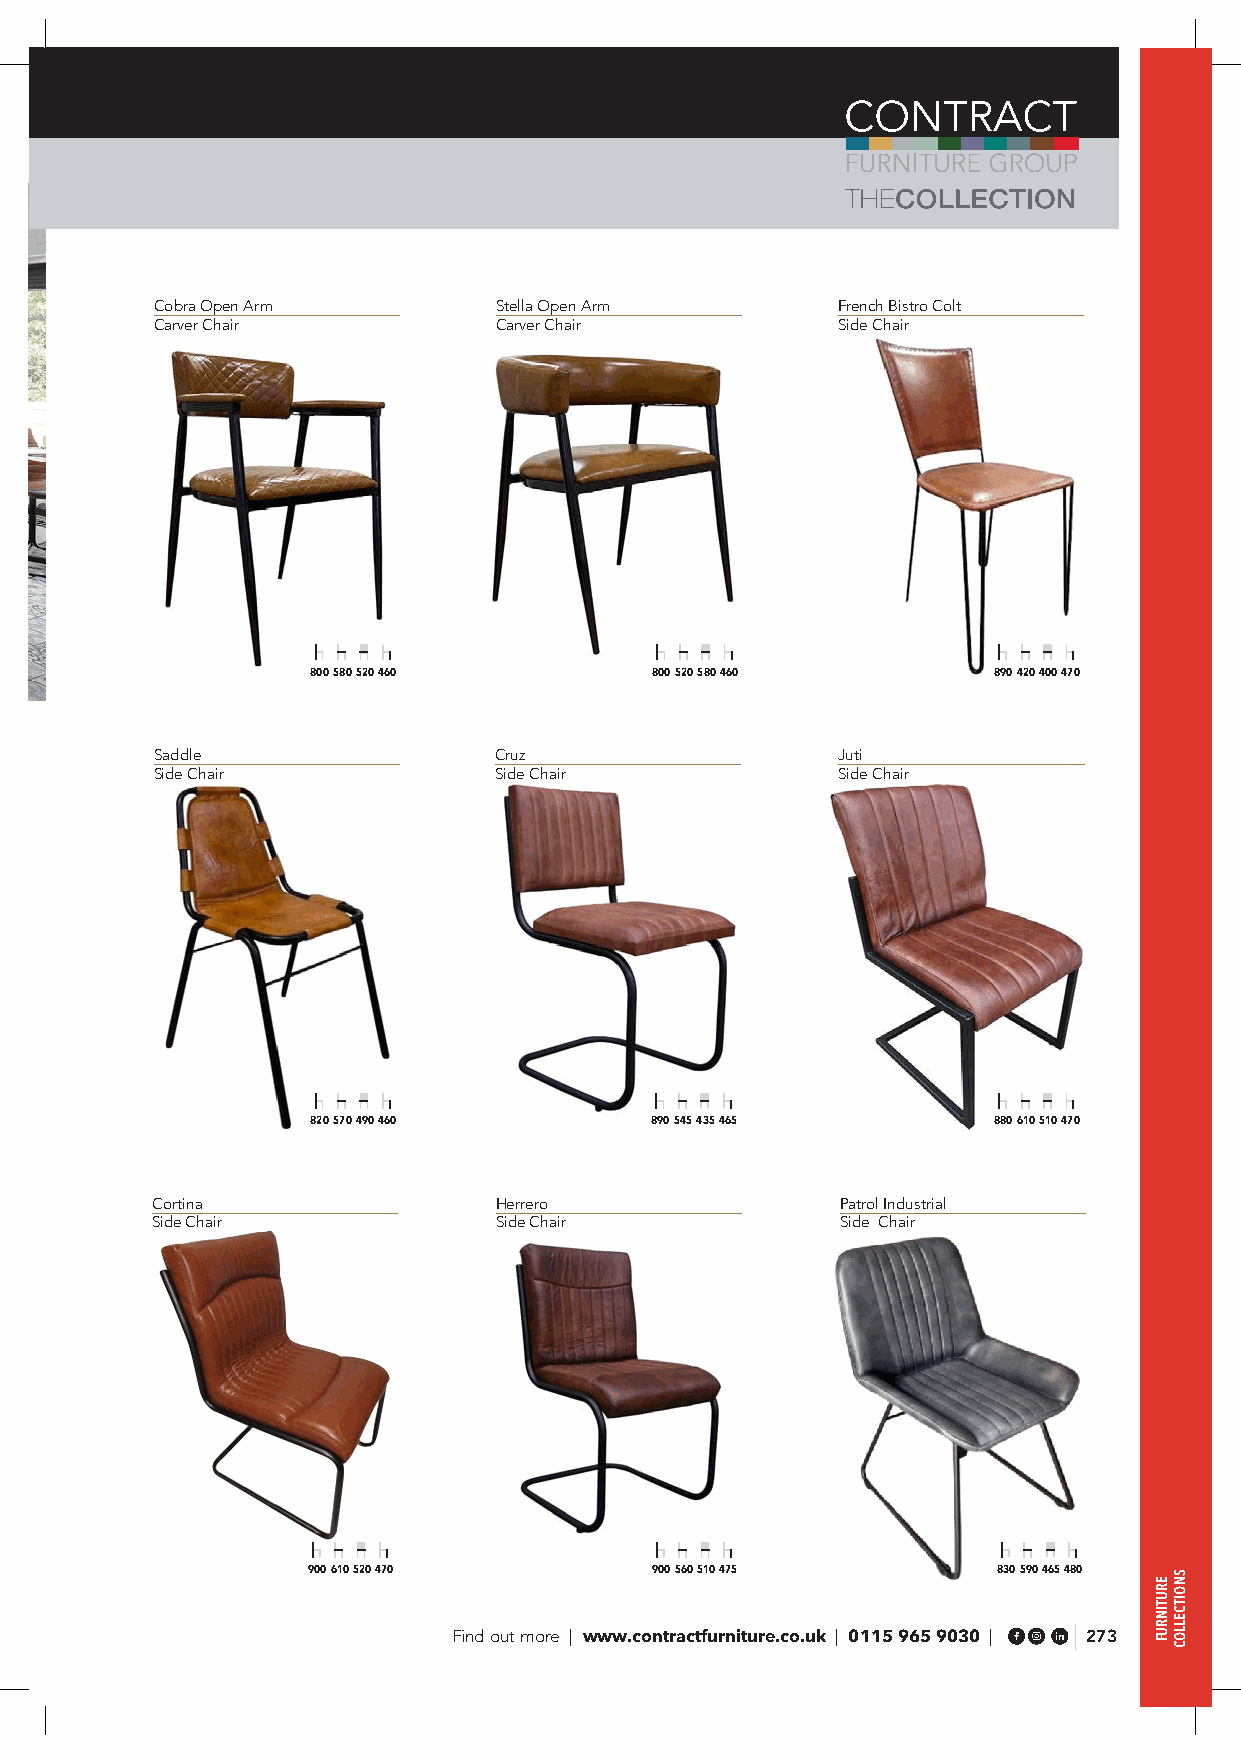
Cobra Open Arm         Stella Open Arm       French Bistro Colt
 Carver Chair           Carver Chair          Side Chair
 800 580 520 460       800 520 580 460        890 420 400 470
 Saddle                 Cruz                  Juti
 Side Chair             Side Chair            Side Chair
 820 570 490 460       890 545 435 465        880 610 510 470
 Cortina                Herrero                Patrol Industrial
 Side Chair             Side Chair             Side Chair
 900 610 520 470        900 560 510 475        830 590 465 480
 Find out more | www.contractfurniture.co.uk | 0115 965 9030 | 273
 ERUTINRUF
 SNOITCELLOC